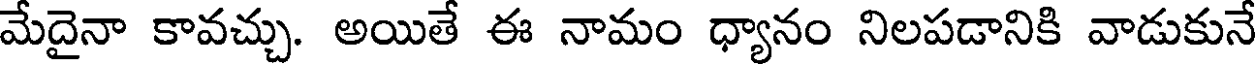
మేదైనా కావచ్చు. అయితే ఈ నామం ధ్యానం నిలపడానికి వాడుకునే